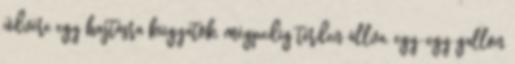
üdvére egy hajtásra kiigyatok, mégpedig térden állva, egy-egy gallon